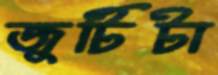
জুটিটা